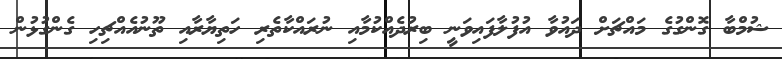
ޝުމްބާ ގޮންގުގެ މައްޗަށް ދައުވާ އުފުލާފައިވަނީ ބިރުދެއްކުމާއި ނުރައްކާތެރި ހަތިޔާރާއި ތޫނުއެއްޗިހި ގެންގުޅުން